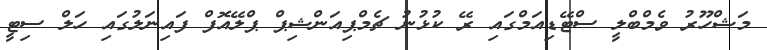
މަޝްހޫރު ވެމްބްލީ ސްޓޭޑިއަމްގައި ރޭ ކުޅުނު ޗެމްޕިއަންޝިޕް ޕްލޭއޮފް ފައިނަލުގައި ހަލް ސިޓީ